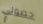
حصولي